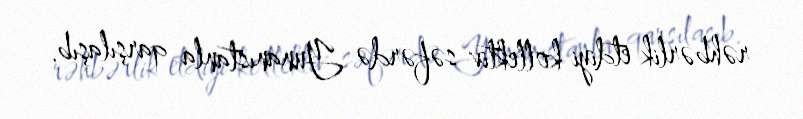
rəhbərlik etdiyi kollektiv səfərdə Yunanıstanla qarşılaşıb.